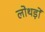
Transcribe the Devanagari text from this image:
लोथड़ों